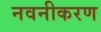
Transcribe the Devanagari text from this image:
नवनीकरण